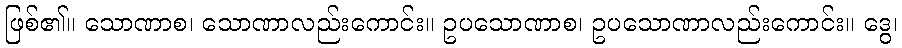
ဖြစ်၏။ သောဏာစ၊ သောဏာလည်းကောင်း။ ဥပသောဏာစ၊ ဥပသောဏာလည်းကောင်း။ ဒွေ၊